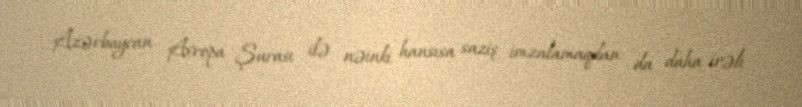
Azərbaycan Avropa Şurası ilə nəinki hansısa saziş imzalamaqdan da daha irəli